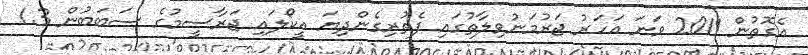
އެގޮތުން 2011 ވަނަ އަހަރު ޖަރުމަނުވިލާތުގައި ފެތުރިގެންދިޔަ އީކޯލައި ޖަރާސީމުގެ ސަބަބުން 1.3